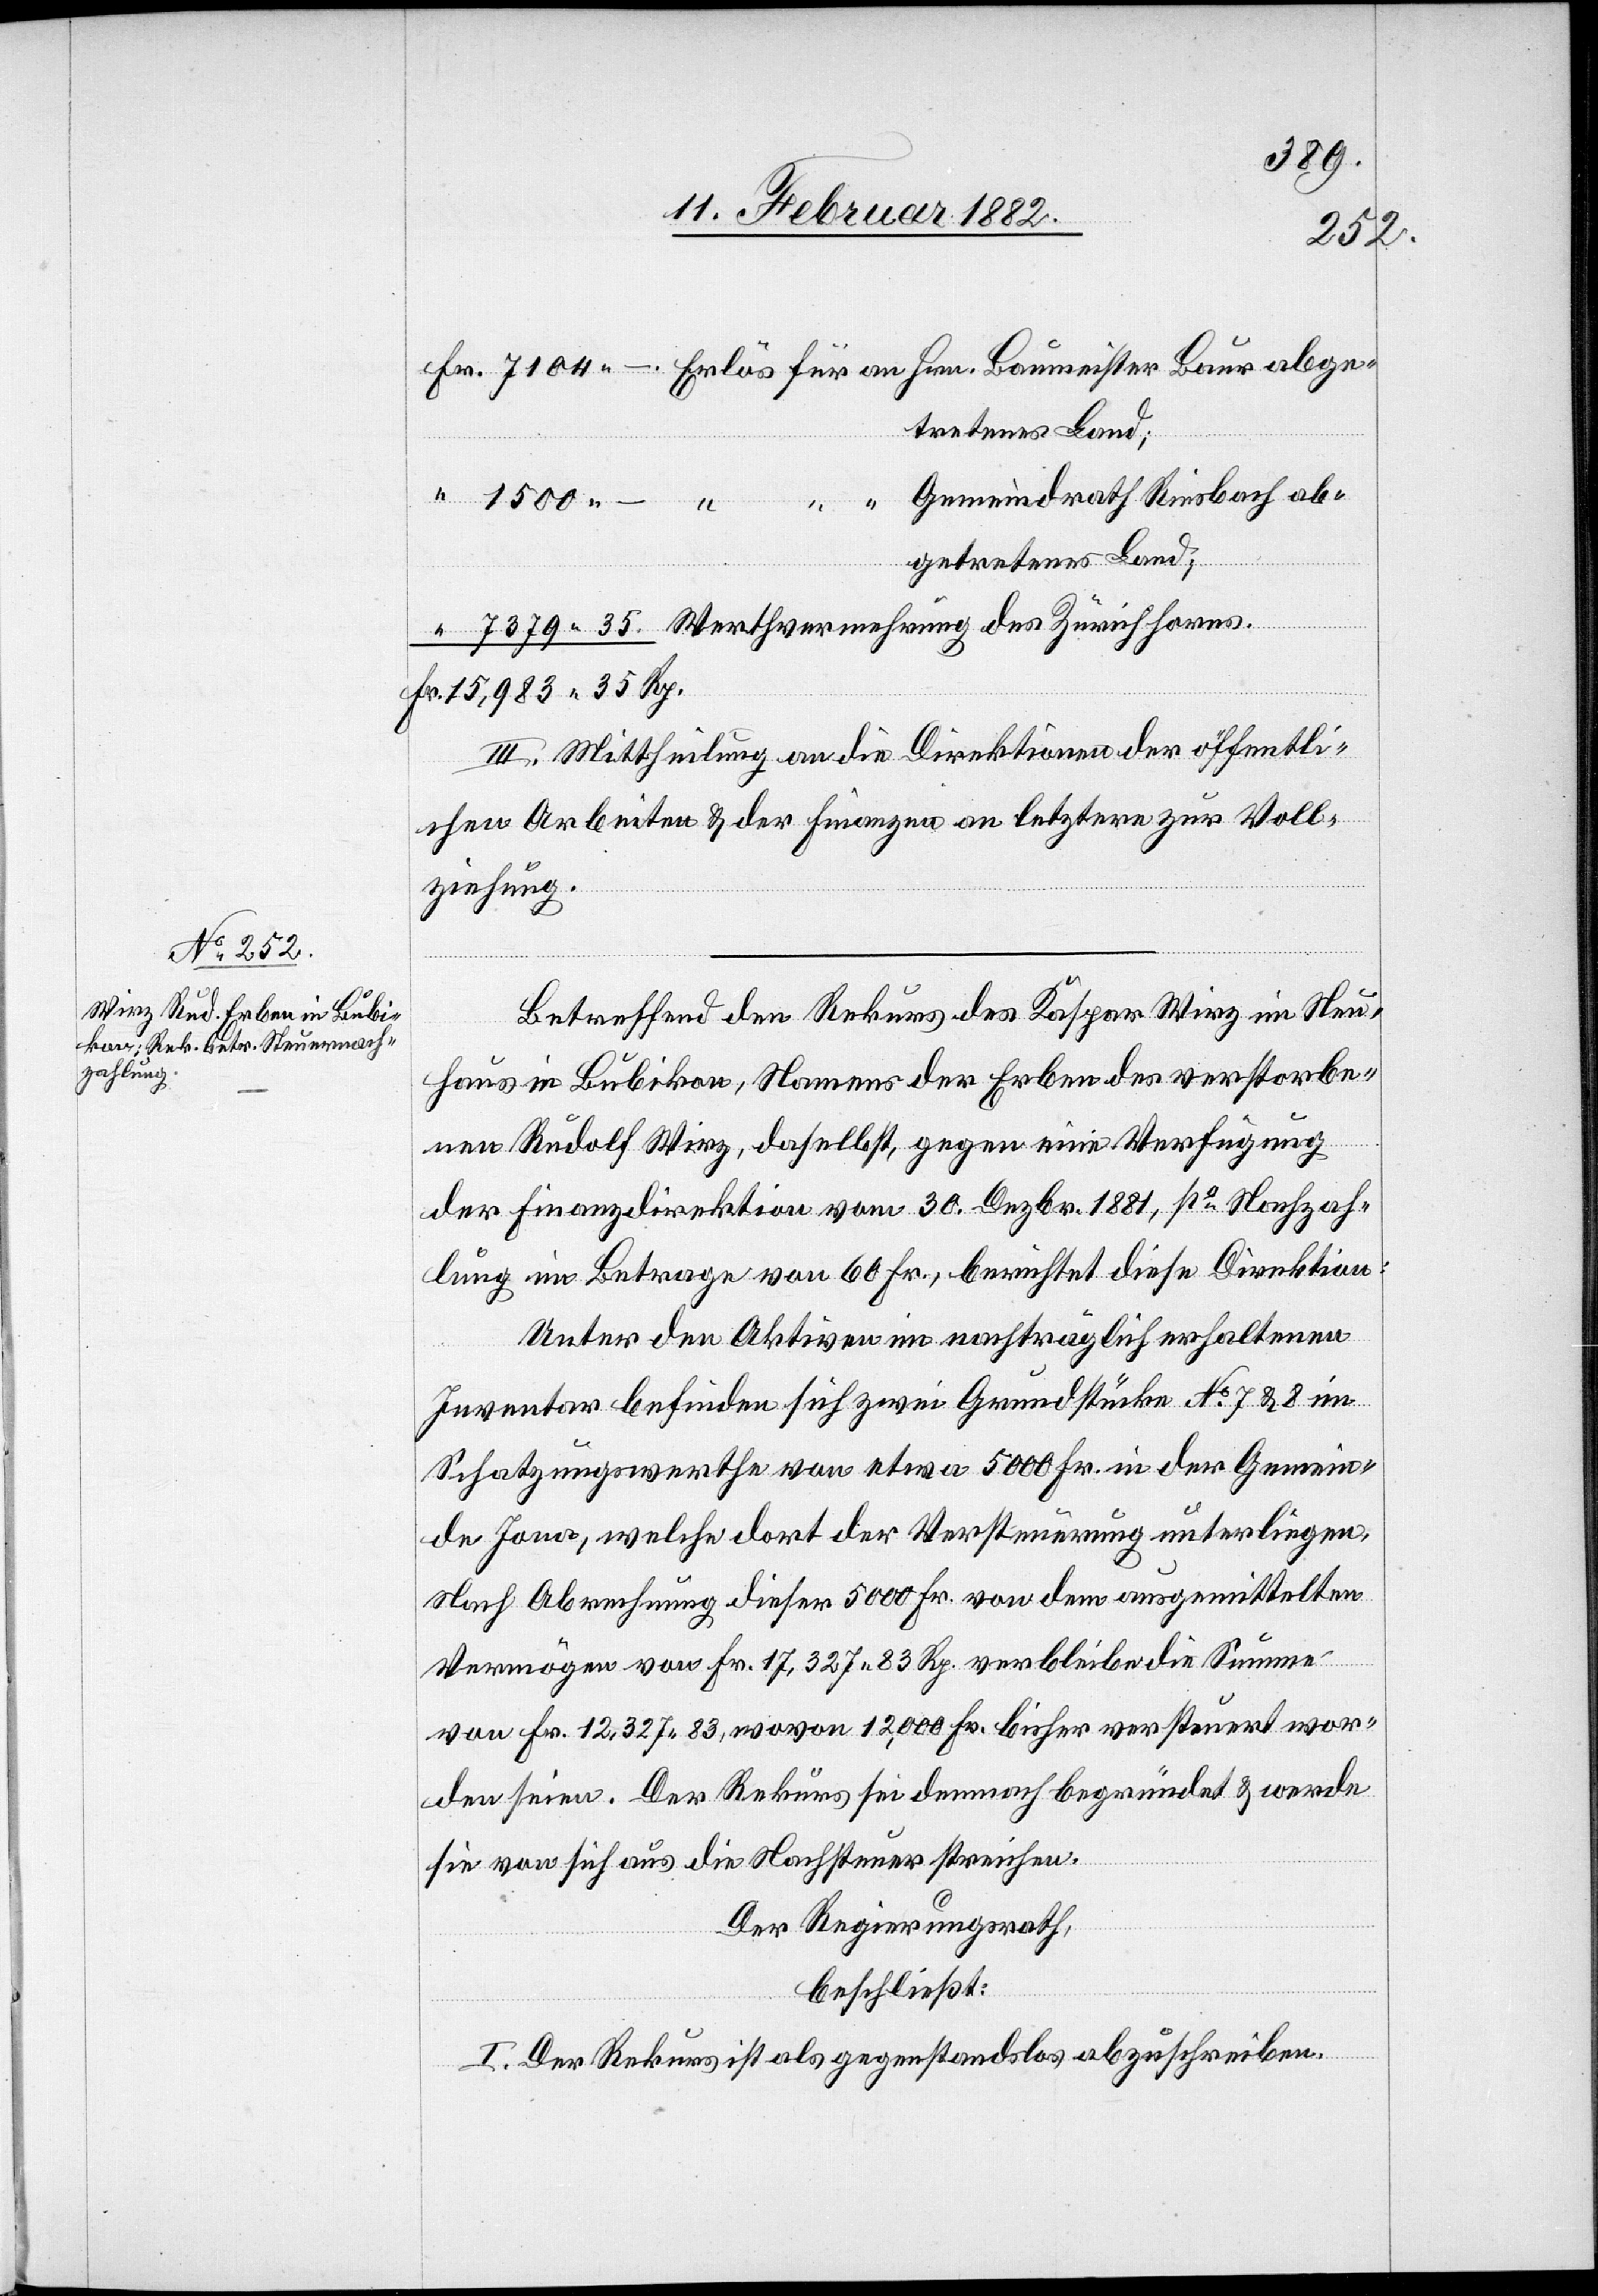
an Hrn.
abgetretenes Land;
Fr. 15,983 35 Rp.
III. Mittheilung an die Direktion der öffentli¬
chen Arbeiten & der Finanzen an letztere zur Voll¬
ziehung.
Betreffend den Rekurs des Kaspar Wirz in Neu¬
haus in Bubikon, Namens der Erben des verstorbe¬
nen Rudolf Wirz, daselbst, gegen eine Verfügung
der Finanzdirektion vom 30. Dezbr. 1881, po Nachzah¬
lung im Betrage von 60 Fr., berichtet diese Direktion:
Unter den Aktiven im nachträglich erhaltenen
Inventar befinden sich zwei Grundstücke No 7 & 8 im
Schatzungswerthe von etwa 5000 Fr. in der Gemein¬
de Jona, welche dort der Versteuerung unterliegen.
Nach Abrechnung dieser 5000 Fr. von den ausgemittelten
Vermögen von Fr. 17,327 83 Rp. verbleibe die Summe
von Fr. 12,327 83, wovon 12,000 Fr, bisher versteuert wor¬
den seien. Der Rekurs sei demnach begründet & werde
sie von sich aus die Nachsteuer streichen.
Der Regierungsrath,
beschließt:
I. Der Rekurs ist als gegenstandslos abzuschreiben.